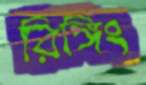
রিঙ্গিং